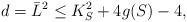
LaTeX: \begin{align*} d=\bar{L}^2\leq K_S^2+4g(S)-4, \end{align*}